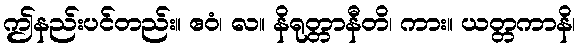
ဤနည်းပင်တည်း။ ဧဝံ၊ လ။ နိရုတ္တာနီတိ၊ ကား။ ယတ္တကာနိ၊